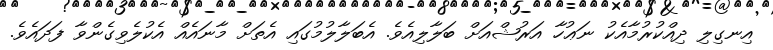
އިނގިލި ދިއްކުރުމާއެކު ނަޢުހާ އަރުޝްއަށް ބަލާލިއެވެ. އެބަލާލުމުގައި އެތަށް މާނައެއް އެކުލެވިގެންވާ ފަދައެވެ.